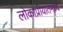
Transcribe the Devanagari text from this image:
लोकाप्रीयातेमध्ये